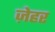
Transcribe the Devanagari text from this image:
ज़ेहर